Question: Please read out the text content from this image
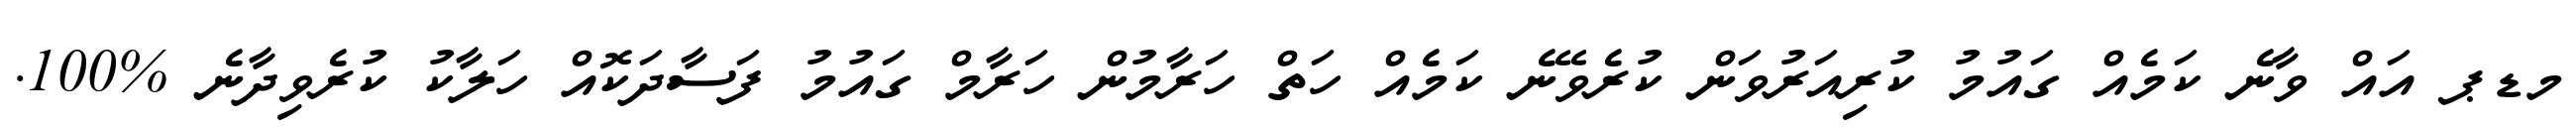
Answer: މޑޕ އައް ވާނެ ކަމެއް ގައުމު ކުރިއަރުވަން ކުރެވޭނެ ކަމެއް ހަތް ހަރާމުން ހަރާމް ގައުމު ފަސާދަކޮއް ހަލާކު ކުރެވިދާނެ %100.